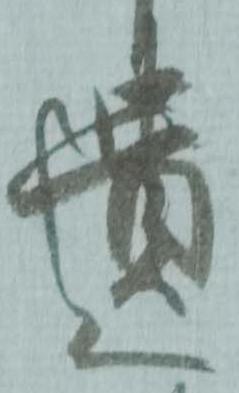
遣